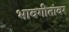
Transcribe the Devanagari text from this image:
भावगीतांवर